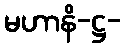
မဟာနိ-ဋ္ဌ-